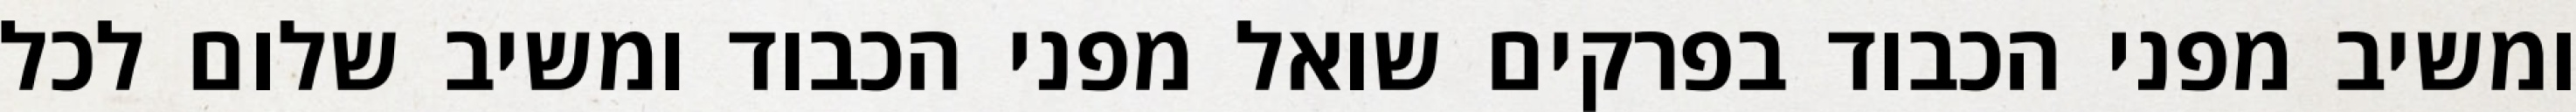
ומשיב מפני הכבוד בפרקים שואל מפני הכבוד ומשיב שלום לכל